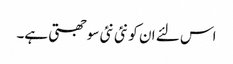
اس لئے ان کو نئی نئی سوجھتی ہے۔